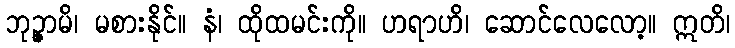
ဘုဉ္ဇာမိ၊ မစားနိုင်။ နံ၊ ထိုထမင်းကို။ ဟရာဟိ၊ ဆောင်လေလော့။ ဣတိ၊